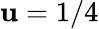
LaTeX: \mathbf{u}=1/4